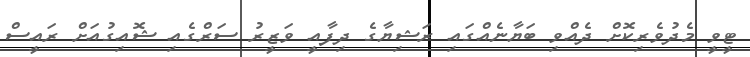
ޓީވީ މެދުވެރިކޮށް ދެއްވި ބަޔާނެއްގައި ރަޝިޔާގެ ދިފާއީ ވަޒީރު ސަރްގެއި ޝޮއިގުއަށް ރައީސް